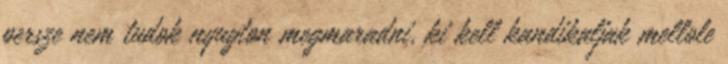
persze nem tudok nyugton megmaradni, ki kell kandikaljak mellole